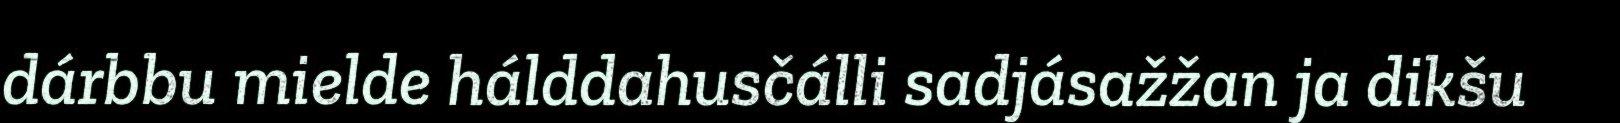
dárbbu mielde hálddahusčálli sadjásažžan ja dikšu